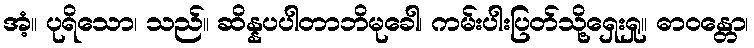
အံ့။ ပုရိသော၊ သည်။ ဆိန္နပပါတာဘိမုခေါ၊ ကမ်းပါးပြတ်သို့ရှေးရှု။ ဓာဝန္တော၊